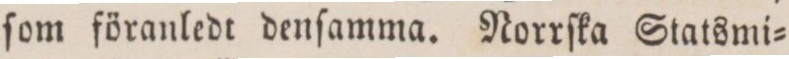
ſom föranledt denſamma. Norrſka Statsmi=